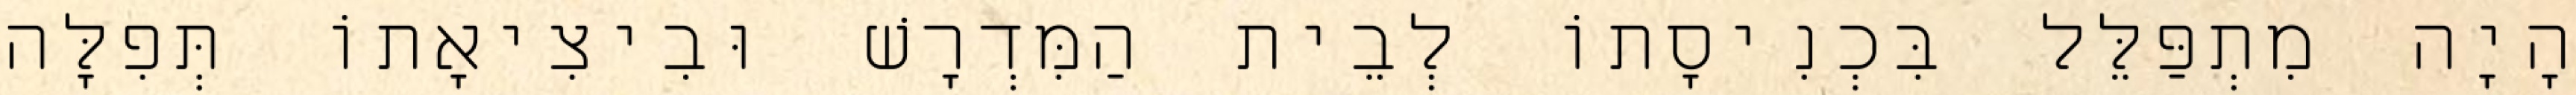
הָיָה מִתְפַּלֵּל בִּכְנִיסָתוֹ לְבֵית הַמִּדְרָשׁ וּבִיצִיאָתוֹ תְּפִלָּה